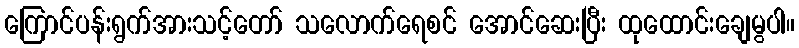
ကြောင်ပန်းရွက်အားသင့်တော် သလောက်ရေစင် အောင်ဆေးပြီး ထုထောင်းချေမွပါ။